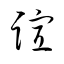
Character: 諠